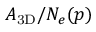
A _ { \mathrm { 3 D } } / N _ { e } ( p )